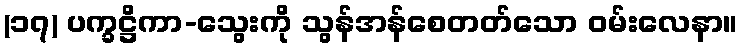
(၁၇) ပက္ခဋ္ဌိကာ-သွေးကို သွန်အန်စေတတ်သော ဝမ်းလေနာ။